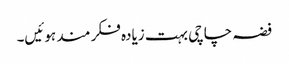
فضہ چاچی بہت زیادہ فکر مند ہوئیں۔